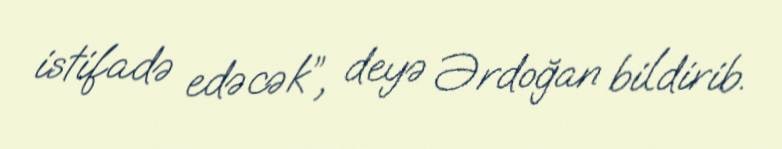
istifadə edəcək”, deyə Ərdoğan bildirib.